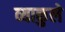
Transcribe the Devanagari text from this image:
व्याकुले